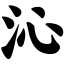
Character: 沁